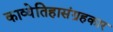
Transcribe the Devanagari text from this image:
काव्येतिहासंग्रहकार